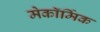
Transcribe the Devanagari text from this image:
मेकॉर्मिक